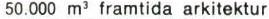
50.000 m3 framtida arkitektur